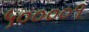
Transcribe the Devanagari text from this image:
५००००१